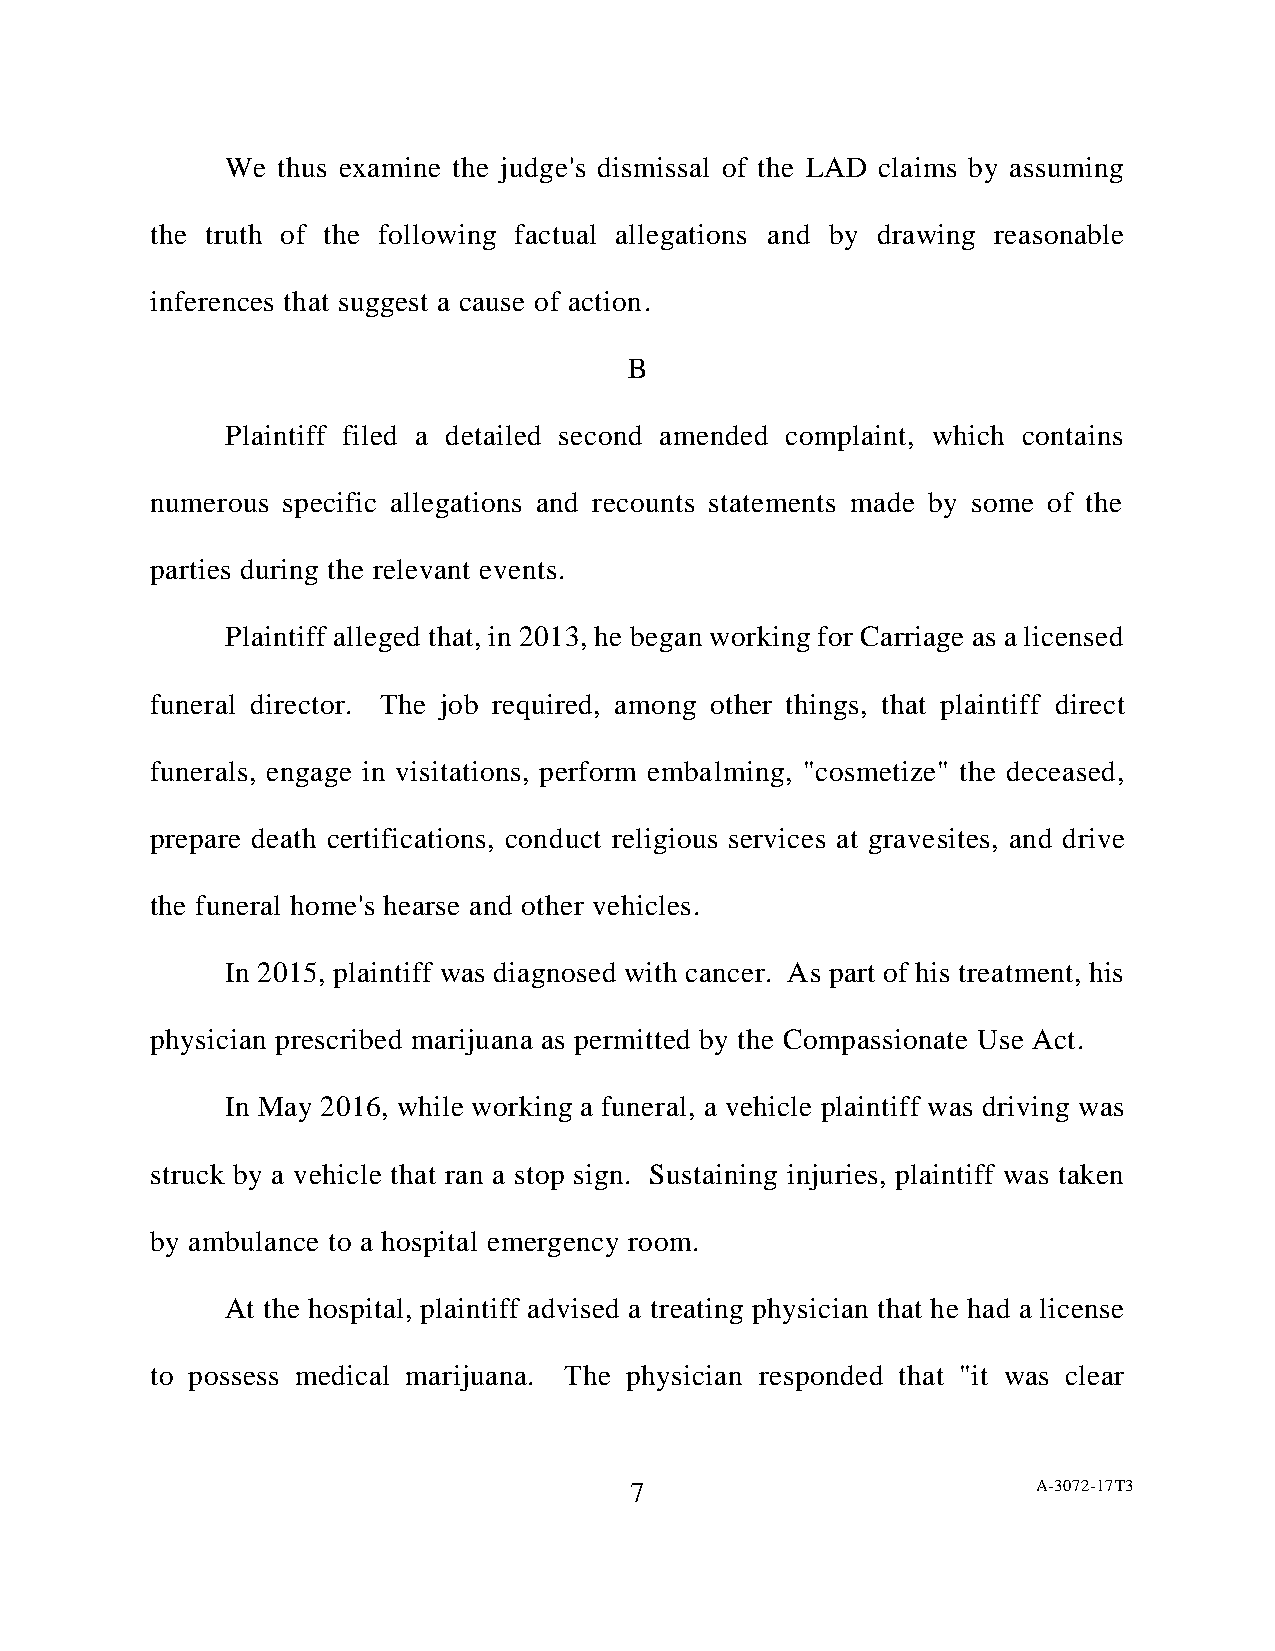
We thus examine the judge's dismissal of the LAD claims by assuming
 the truth of the following factual allegations and by drawing reasonable
 inferences that suggest a cause of action.
 B
 Plaintiff filed a detailed second amended complaint, which contains
 numerous specific allegations and recounts statements made by some of the
 parties during the relevant events.
 Plaintiff alleged that, in 2013, he began working for Carriage as a licensed
 funeral director. The job required, among other things, that plaintiff direct
 funerals, engage in visitations, perform embalming, "cosmetize" the deceased,
 prepare death certifications, conduct religious services at gravesites, and drive
 the funeral home's hearse and other vehicles.
 In 2015, plaintiff was diagnosed with cancer. As part of his treatment, his
 physician prescribed marijuana as permitted by the Compassionate Use Act.
 In May 2016, while working a funeral, a vehicle plaintiff was driving was
 struck by a vehicle that ran a stop sign. Sustaining injuries, plaintiff was taken
 by ambulance to a hospital emergency room.
 At the hospital, plaintiff advised a treating physician that he had a license
 to possess medical marijuana. The physician responded that "it was clear
 7                          A-3072-17T3